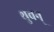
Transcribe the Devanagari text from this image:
थुवन्